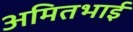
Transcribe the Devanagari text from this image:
अमितभाई